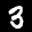
Label: 3